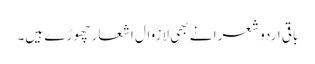
باقی اردو شعرا نے بھی لازوال اشعار چھوڑے ہیں۔